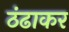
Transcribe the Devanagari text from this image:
ठंढाकर